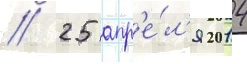
// 25 апр'е́л'я 2014